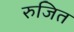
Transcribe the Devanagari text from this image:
रुजित